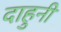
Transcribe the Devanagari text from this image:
दाहुनी